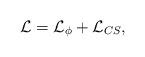
LaTeX: \begin{align*}\mathcal{L}=\mathcal{L}_{\phi}+\mathcal{L}_{CS},\end{align*}